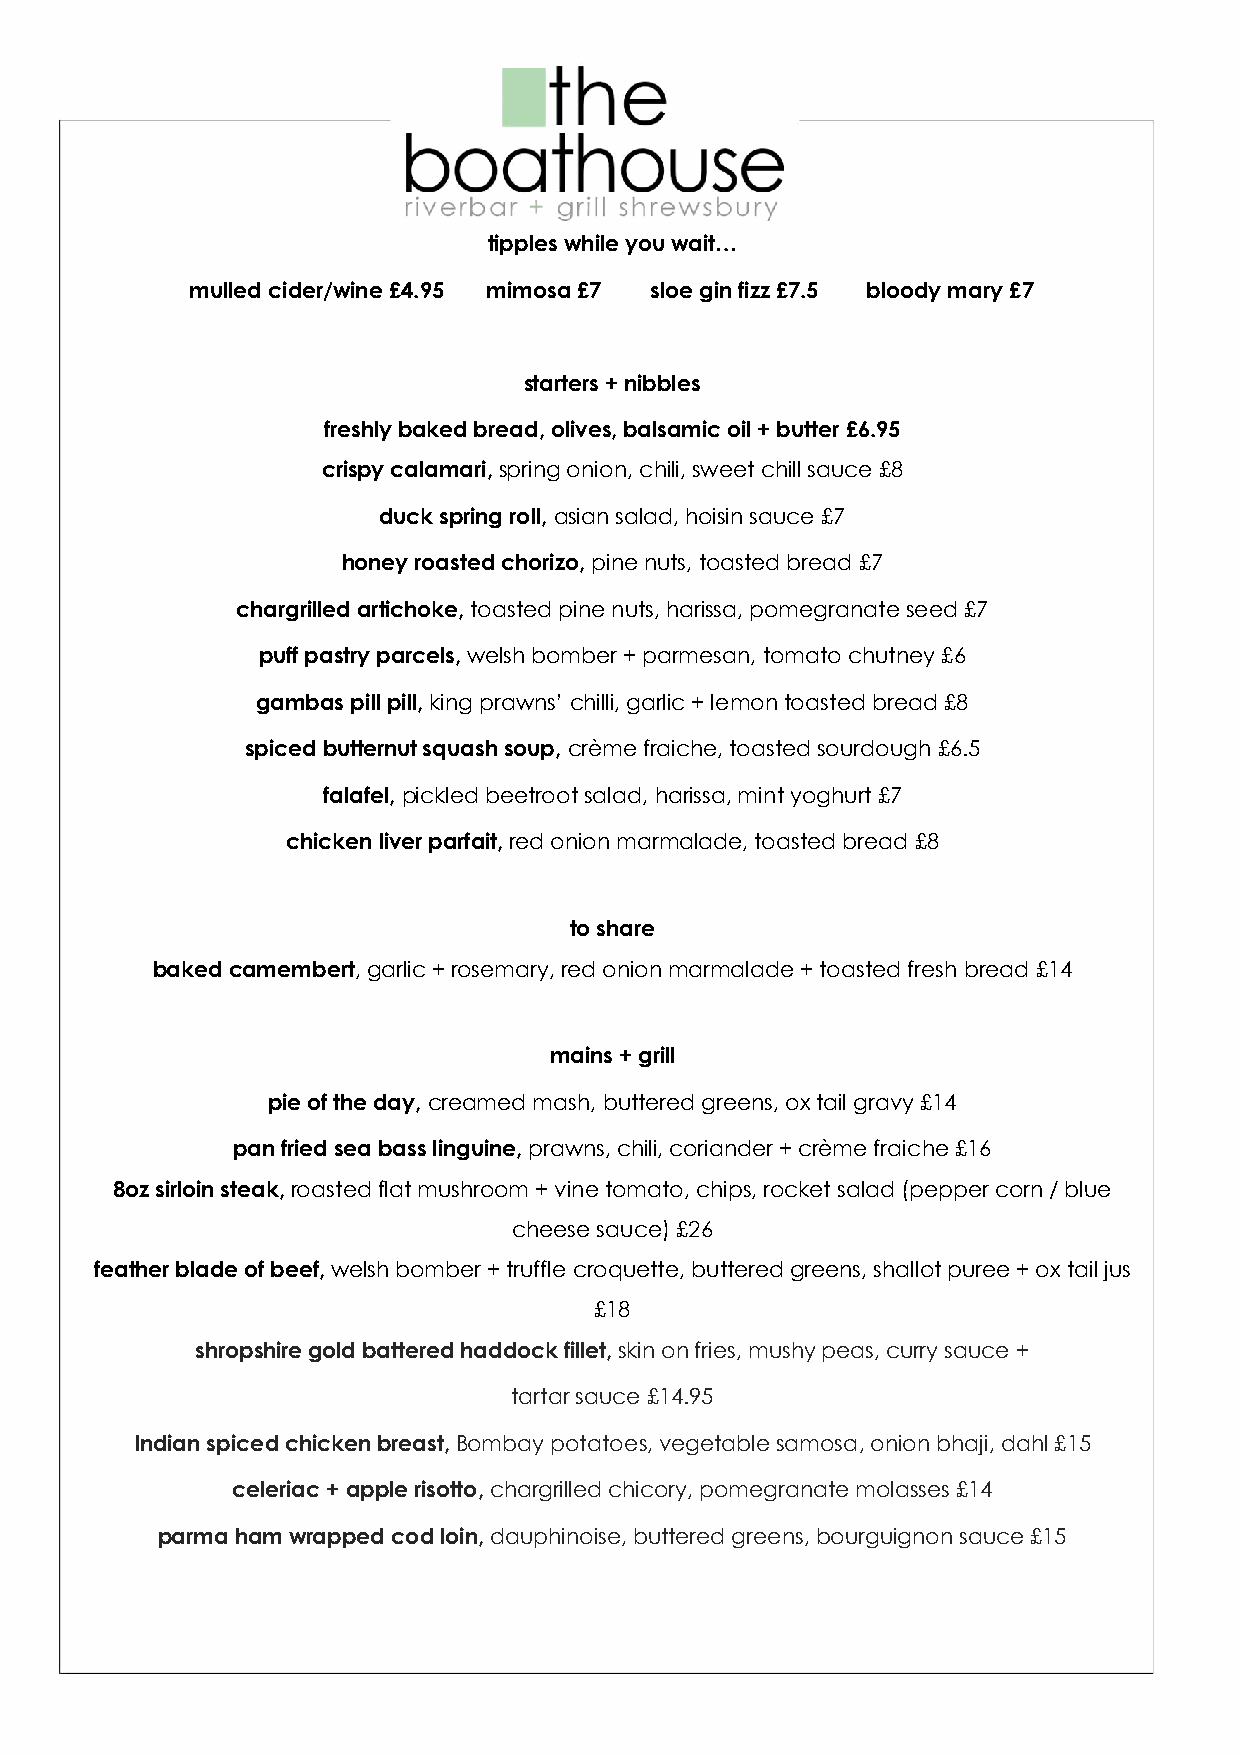
tipples while you wait…
 mulled cider/wine £4.95 mimosa £7 sloe gin fizz £7.5 bloody mary £7
 starters + nibbles
 freshly baked bread, olives, balsamic oil + butter £6.95
 crispy calamari, spring onion, chili, sweet chill sauce £8
 duck spring roll, asian salad, hoisin sauce £7
 honey roasted chorizo, pine nuts, toasted bread £7
 chargrilled artichoke, toasted pine nuts, harissa, pomegranate seed £7
 puff pastry parcels, welsh bomber + parmesan, tomato chutney £6
 gambas pill pill, king prawns’ chilli, garlic + lemon toasted bread £8
 spiced butternut squash soup, crème fraiche, toasted sourdough £6.5
 falafel, pickled beetroot salad, harissa, mint yoghurt £7
 chicken liver parfait, red onion marmalade, toasted bread £8
 to share
 baked camembert, garlic + rosemary, red onion marmalade + toasted fresh bread £14
 mains + grill
 pie of the day, creamed mash, buttered greens, ox tail gravy £14
 pan fried sea bass linguine, prawns, chili, coriander + crème fraiche £16
 8oz sirloin steak, roasted flat mushroom + vine tomato, chips, rocket salad (pepper corn / blue
 cheese sauce) £26
 feather blade of beef, welsh bomber + truffle croquette, buttered greens, shallot puree + ox tail jus
 £18
 shropshire gold battered haddock fillet, skin on fries, mushy peas, curry sauce +
 tartar sauce £14.95
 Indian spiced chicken breast, Bombay potatoes, vegetable samosa, onion bhaji, dahl £15
 celeriac + apple risotto, chargrilled chicory, pomegranate molasses £14
 parma ham wrapped cod loin, dauphinoise, buttered greens, bourguignon sauce £15
 please make us aware of any allergies or dietary requirements prior to ordering, any questions regarding our menu
 please speak with a member our staff we are always happy to help with all requirements.
 tables outside – please note your table number and plac e your food order at the bar, cutlery stations are provided
 within the garden.